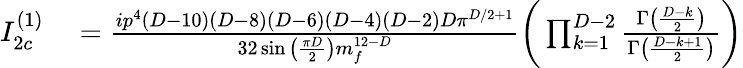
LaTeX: \begin{array}{rl}{I_{2c}^{(1)}}&{{}=\frac{ip^{4}(D-10)(D-8)(D-6)(D-4)(D-2)D\pi^{D/2+1}}{32\sin\big(\frac{\pi D}{2}\big)m_{f}^{12-D}}\bigg(\prod_{k=1}^{D-2}\frac{\Gamma\big(\frac{D-k}{2}\big)}{\Gamma\big(\frac{D-k+1}{2}\big)}\bigg)}\end{array}